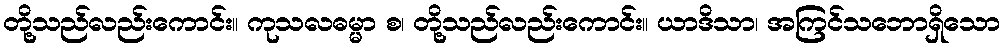
တို့သည်လည်းကောင်း။ ကုသလဓမ္မာ စ၊ တို့သည်လည်းကောင်း။ ယာဒိသာ၊ အကြင်သဘောရှိသော